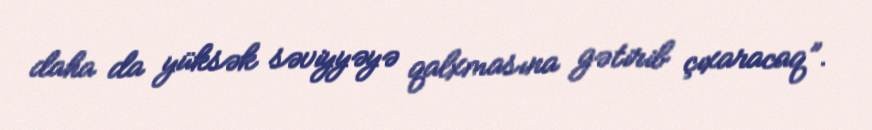
daha da yüksək səviyyəyə qalxmasına gətirib çıxaracaq”.